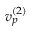
v _ { p } ^ { ( 2 ) }